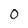
Character: 0